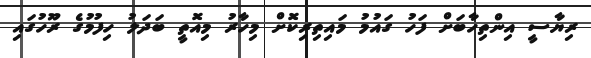
ރިޔާސީ އިންތިހާބަށް ފަހު ގައުމު މައިތިރިކޮށް މިހާރު މިއޮތީ ބަދަލު ހިފުމުގެ ރޫހުގައި